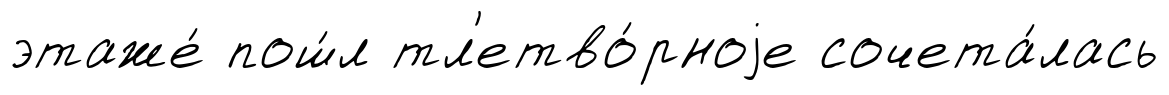
этаже́ пош́л тл'етво́рноjе сочета́лась